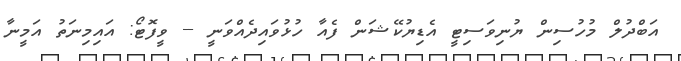
އަބްދުލް މުހުސިން ޔުނިވަސިޓީ އެޑިޔުކޭޝަން ފެއާ ހުޅުވައިދެއްވަނީ -- ވީފޮޓޯ: އައިމިނަތު އަމީނާ